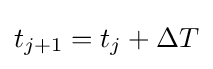
t_{j+1}=t_{j}+\Delta T